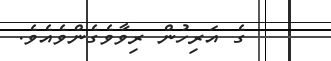
ގެ އަރިހުން ރިވާވެގެންވެއެވެ.